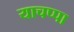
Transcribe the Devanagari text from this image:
याचप्पा